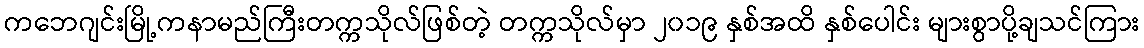
ကဘေဂျင်းမြို့ကနာမည်ကြီးတက္ကသိုလ်ဖြစ်တဲ့ တက္ကသိုလ်မှာ ၂၀၁၉ နှစ်အထိ နှစ်ပေါင်း များစွာပို့ချသင်ကြား